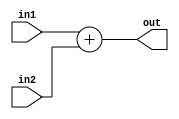
module Adder (out ,in1, in2);

input wire signed [31:0] in1, in2;
output wire [31:0] out;

assign out = in1 + in2;

endmodule